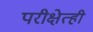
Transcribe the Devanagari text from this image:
परीक्षेत्ही